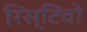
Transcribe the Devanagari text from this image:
रिस्टिवो